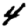
Digit: 4